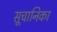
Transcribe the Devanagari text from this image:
सूचानिका